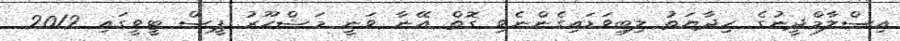
އިސްލާމްދީނުގެ ހިދާޔަތު ލިބިވަޑައިގެންނެވި ގޮތް އޭނާ ވަނީ މަޝްހޫރު ޕީސް ޓީވީގައި 2012